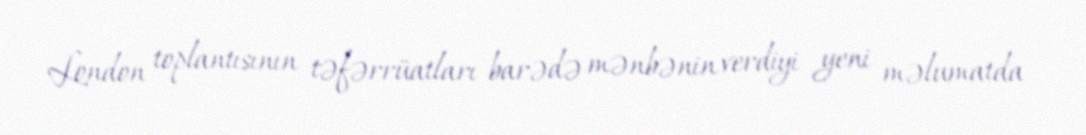
London toplantısının təfərrüatları barədə mənbənin verdiyi yeni məlumatda